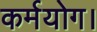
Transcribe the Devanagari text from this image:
कर्मयोग।